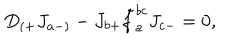
LaTeX: D _ { ( + } J _ { a - ) } - J _ { b + } \tilde { f } _ { a } ^ { b c } J _ { c - } = 0 ,